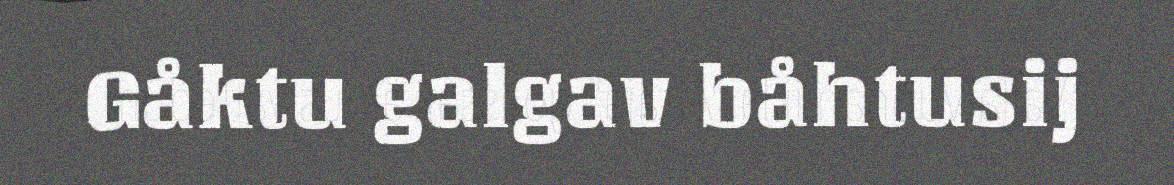
Gåktu galgav båhtusij